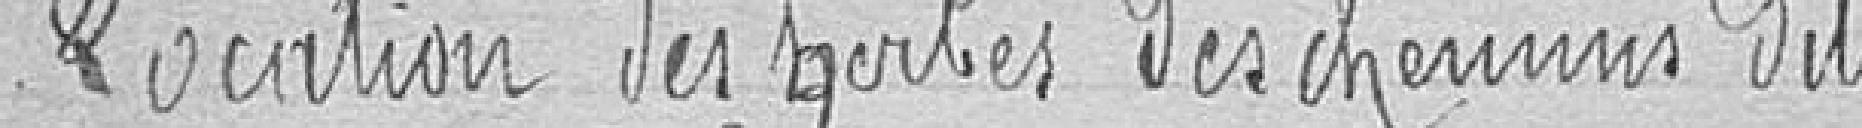
Location des herbes des chemins dits